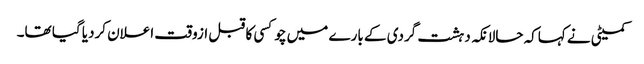
کمیٹی نے کہاکہ حالانکہ دہشت گردی کے بارے میں چوکسی کا قبل ازوقت اعلان کردیا گیا تھا۔